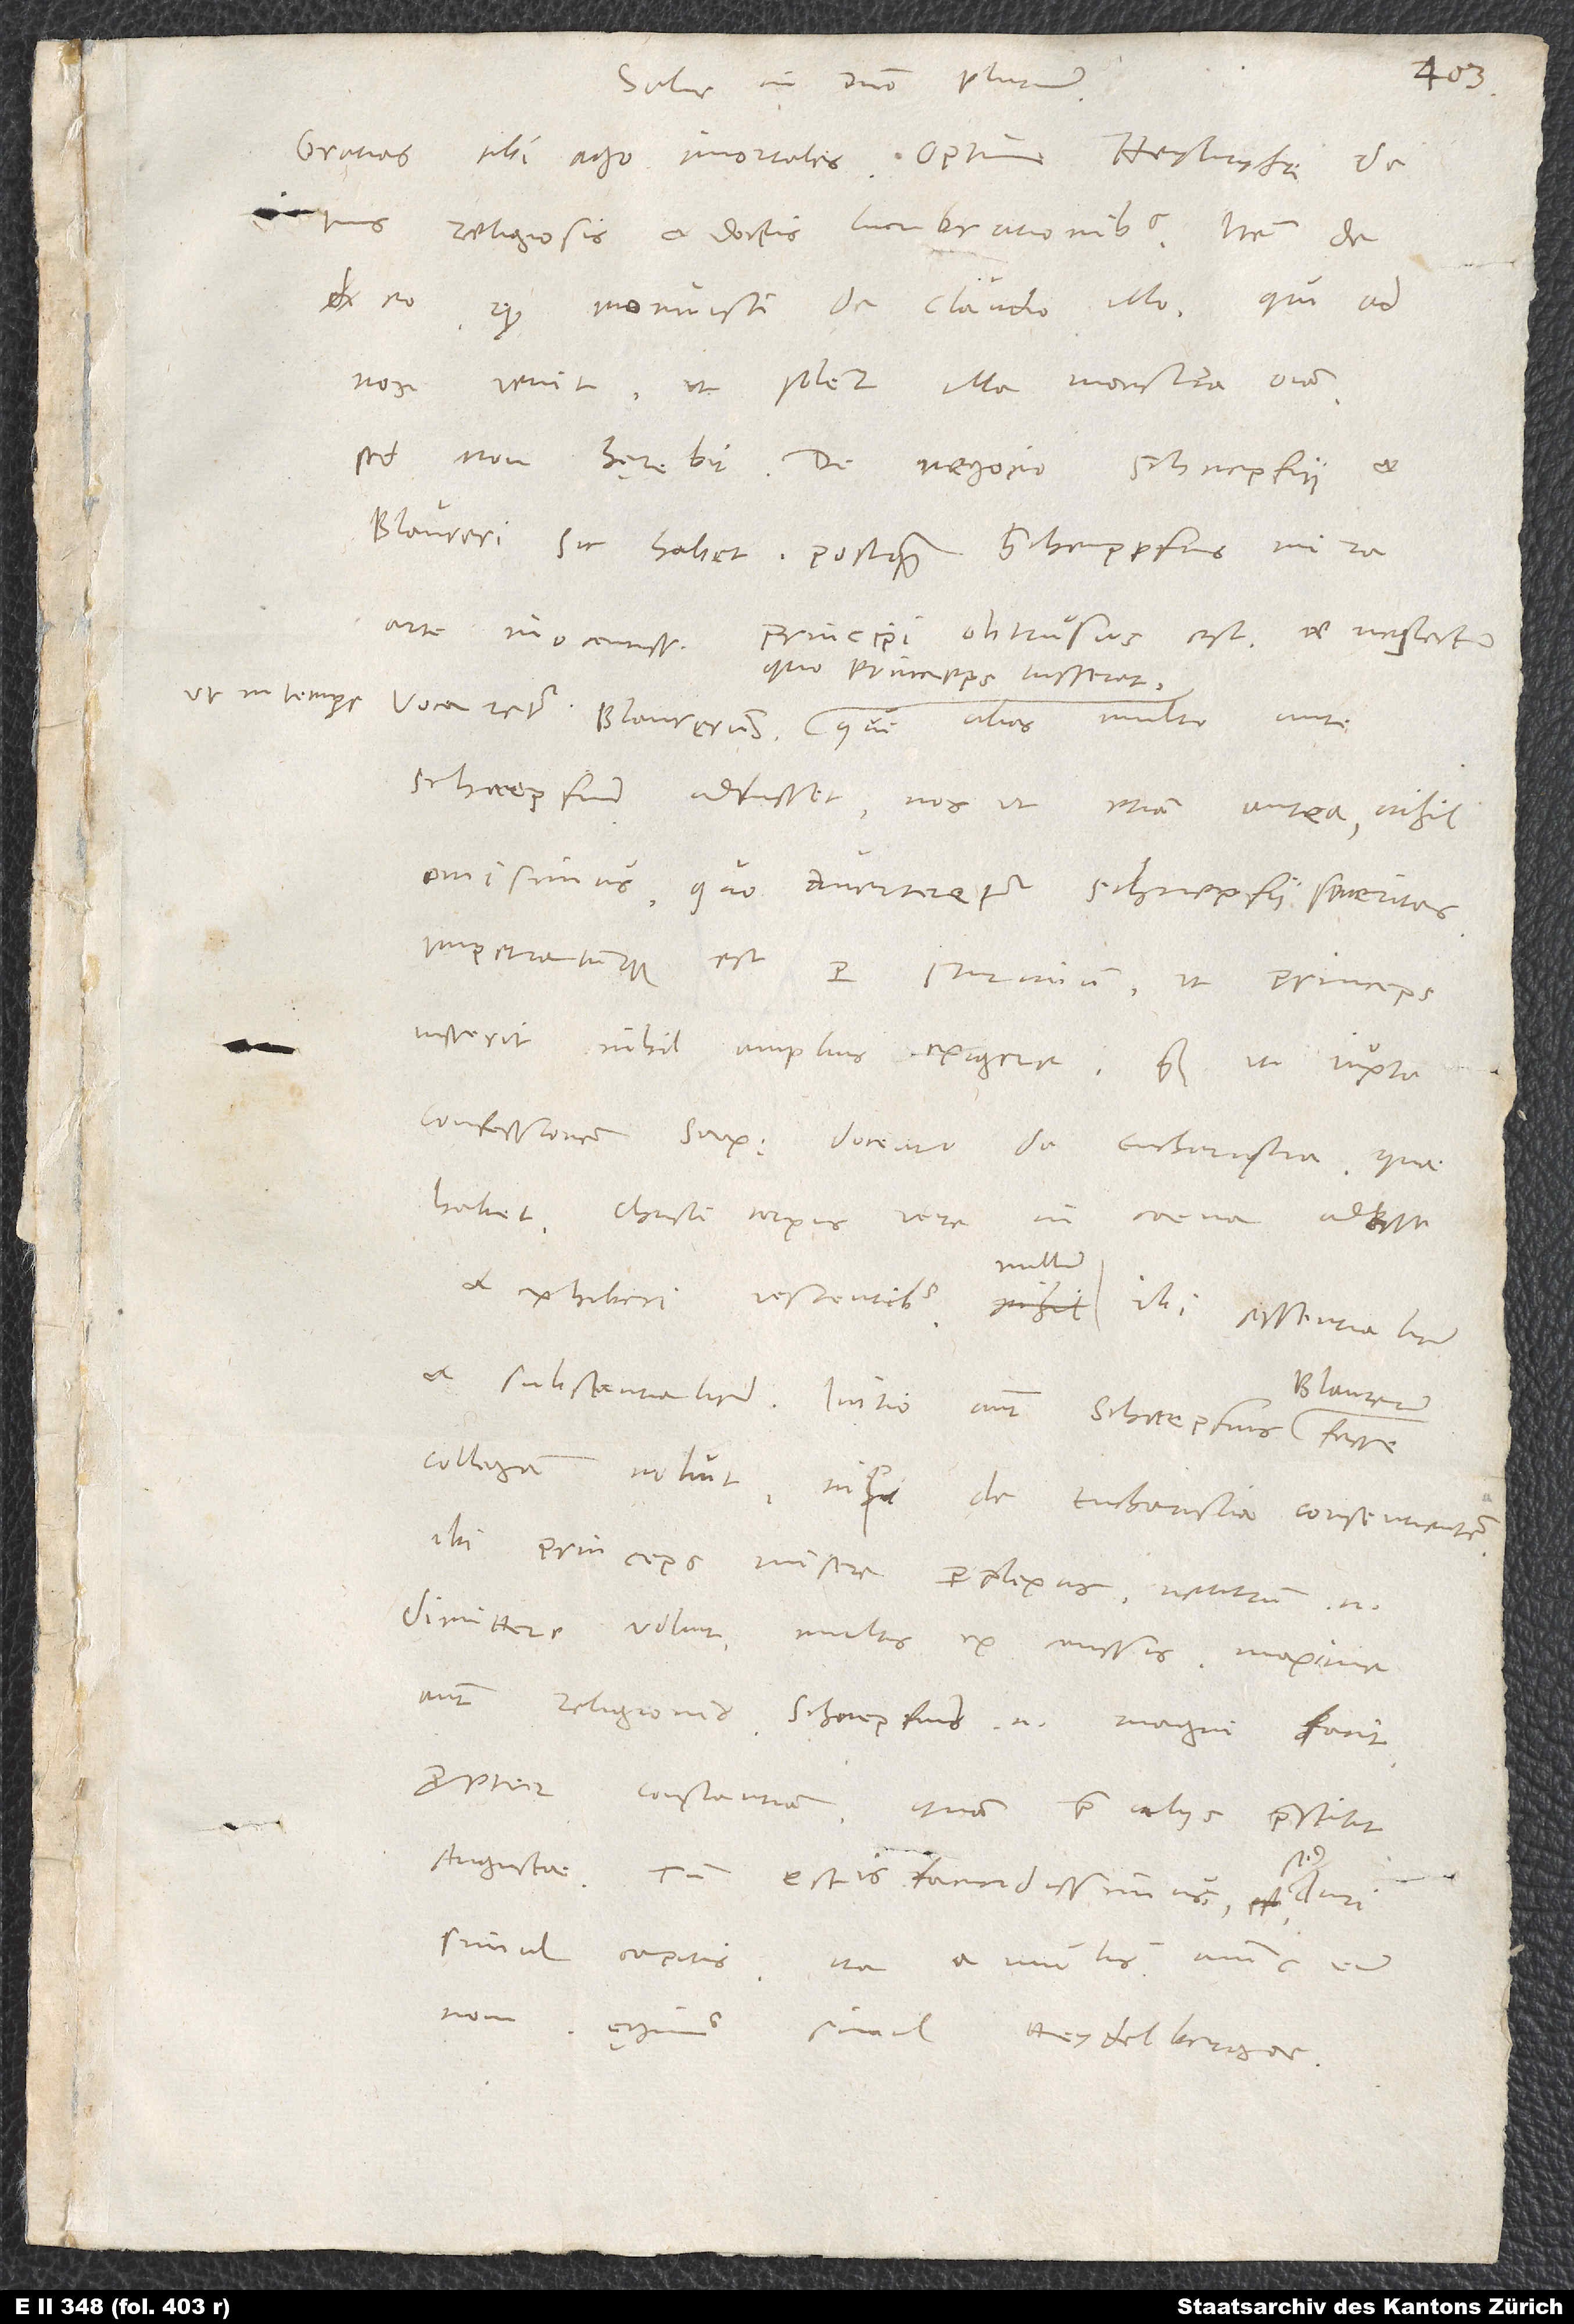
10.
Salve in domino plurimum.
Gratias tibi ago imortales, optime Heylryche, de
tuis religiosis et doctis lucubrationibus, item de
quod monuisti de Claudio illo, qui ad
nos venit, ut solent illa monstra omnia.
Blaureri sic habet: Postquam Schneppfius mira
arte innocentissimo principi obtrusus est et neglectum,
quo princeps iusserat,
ut in tempore
Schnepfium adfuisset, nos ut etiam antea nihil
omisimus, quo averteretur Schnepfii severitas,
impetratumque est per Sturmium, ut princeps
iusserit nihil amplius exigere, quam ut iuxta
confessionem Sax doceatur de eucharistia, quae
habet «Christi corpus vere in coena adesse
et exhiberi vescentibus». Nullum ibi essentialiter
et substantialiter. Initio autem Schnepfius
collegam noluit nisi de eucharistia consentientem.
Ibi princeps misere perplexus. Neutrum enim
dimittere voluit multis ex caussis, maxime
autem religionis. Schnepfium enim magni facit
propter constantiam, quam prae aliis praestitit
Augustae. Tum est is facundissimus, sed duri
simul capitis. Ita a multis annis eum
novi. Aegimus simul Heydelbergae.